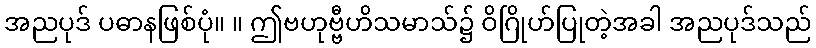
အညပုဒ် ပဓာနဖြစ်ပုံ။ ။ ဤဗဟုဗ္ဗီဟိသမာသ်၌ ဝိဂြိုဟ်ပြုတဲ့အခါ အညပုဒ်သည်